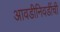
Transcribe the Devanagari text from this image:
आवडीनिवडींची